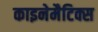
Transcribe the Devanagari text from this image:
काइनेमैटिक्स